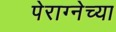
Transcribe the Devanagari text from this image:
पेराग्नेच्या